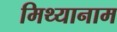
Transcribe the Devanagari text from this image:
मिथ्यानाम